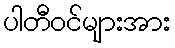
ပါတီဝင်များအား